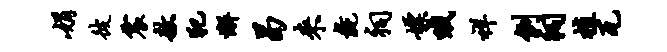
娟彼震敖犯懈曷来彘祠嫖哦祥例祠植瓦